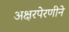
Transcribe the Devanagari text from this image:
अक्षरपेरणीने